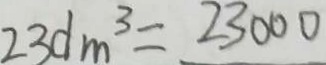
2 3 d m ^ { 3 } = 2 3 0 0 0